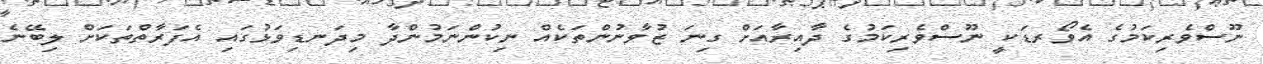
ނޫސްވެރިކަމުގެ އެވޯރޑަކީ ނޫސްވެރިކަމުގެ ދާއިރާއަށް ގިނަ ޒުވާނުންތަކެއް ނިކުންނަމުންދާ މިދަނޑިވަޅުގައި އެފަރާތްތަކަށް ލިބޭނެ